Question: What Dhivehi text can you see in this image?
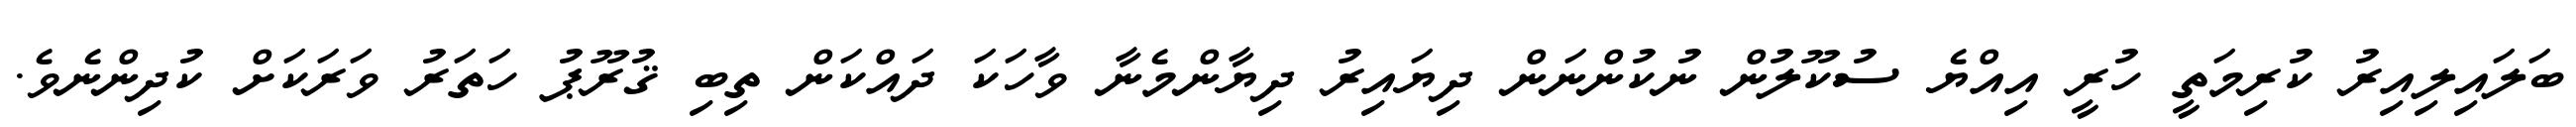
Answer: ބަލައިލިއިރު ކުރިމަތީ ހުރީ އިއްޔެ ސުކޫލުން ނުކުންނަން ދިޔައިރު ދިޔާންމެނާ ވާހަކަ ދައްކަން ތިބި ޤުރޫޕު ހަތަރު ވަރަކަށް ކުދިންނެވެ.